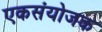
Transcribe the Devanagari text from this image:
एकसंयोजक